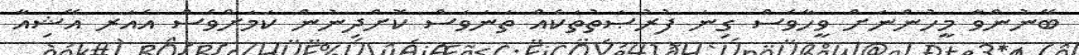
ބޭނުންވާ މީހުންނަށް ވީހާވެސް ގިނަ ފުރުޞަތުތަކެއް ތަނަވަސް ކޮށްދިނުން ކަމަށްވެސް އެއަރ އޭޝިއާ